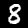
Label: 8